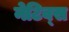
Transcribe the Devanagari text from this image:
नेटिव्स